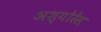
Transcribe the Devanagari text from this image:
अश्योरेंस